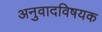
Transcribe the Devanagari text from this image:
अनुवादविषयक